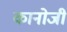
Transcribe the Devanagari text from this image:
कानोजी